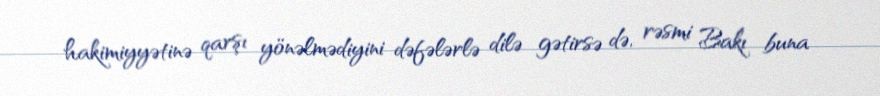
hakimiyyətinə qarşı yönəlmədiyini dəfələrlə dilə gətirsə də, rəsmi Bakı buna